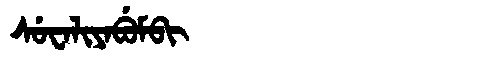
Manchu: ᠰᡠᠸᠠᠯᡳᠶᠠᠪᡠᠮᠪᡳ
Romanization: SUWALIYABUMBI